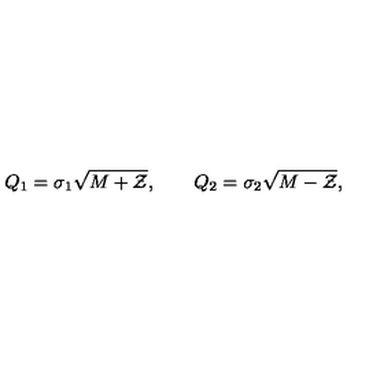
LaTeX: Q _ { 1 } = \sigma _ { 1 } \sqrt { M + { \cal Z } } , \qquad Q _ { 2 } = \sigma _ { 2 } \sqrt { M - { \cal Z } } ,